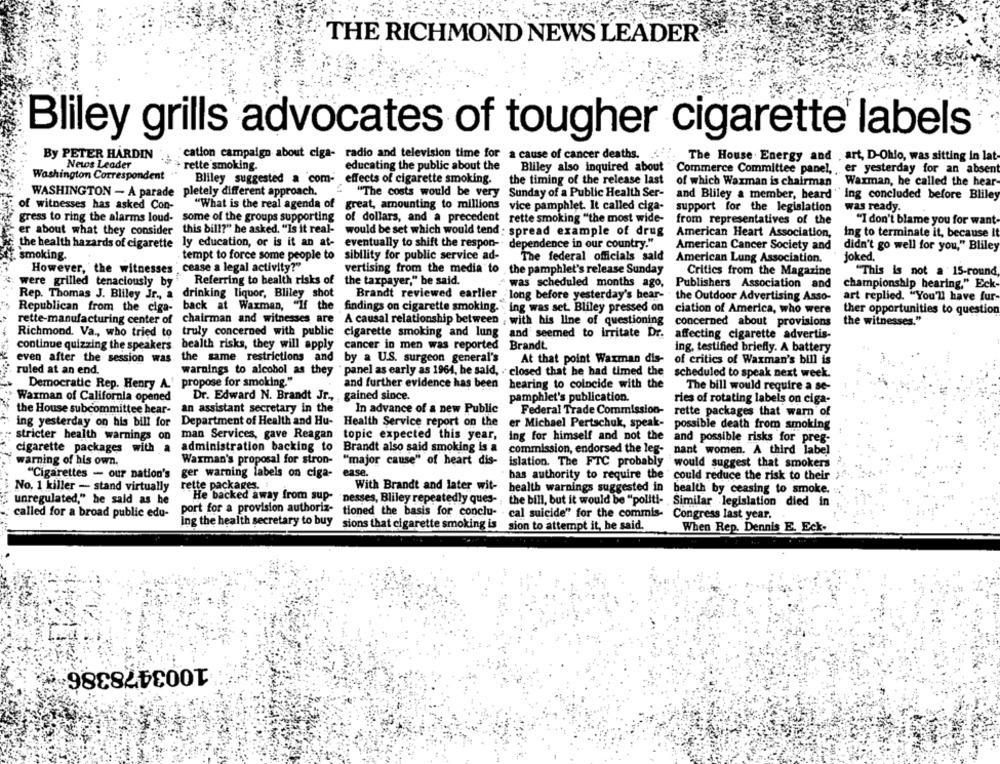
THE RICHMOND NEWS LEADER
Bliley grills advocates of tougher cigarette labels
By PETER HARDIN
cation campaign about ciga- radio and television time for a cause of cancer deaths.
The House . Energy and . art, D-Ohio, was sitting in lat
News Leader
rette smoking.
educating the public about the
Bliley also inquired about
Washington Correspondent
Commerce Committee panel, , er yesterday for an absent
Bliley suggested a com-
effects of cigarette smoking.
the timing of the release last
of which Waxman is chairman
Warman, he called the hear-
WASHINGTON - A parade pletely different approach.
"The costs would be very Sunday of a Public Health Ser-
and Bliley a member, heard" ing concluded before Bliley
of witnesses has asked Con-
"What is the real agenda of great, amounting to millions
vice pamphlet. It called ciga-
support for the legislation
was ready.
gress to ring the alarms loud-
some of the groups supporting of dollars, and a precedent rette smoking "the most wide-
some of the groups supporting
from representatives of the
"I don't blame you for want-
er about what they consider
this bill?" he asked. "Is it real- would be set which would tend : spread example of drug
American Heart Association,
ing to terminate it, because It
the health hazards of cigarette
ly education, or is it an at- eventually to shift the respon- dependence in our country."
ly education, or is it an at-
dependence in our country."
American Cancer Society and
didn't go well for you," Bliley
smoking.
tempt to force some people to
sibility for public service ad-
The federal officials said
American Lung Association.
joked.
However, the witnesses " cease a legal activity?"
vertising from the media to
vertising from the media to the pamphlet's release Sunday
Critics from the Magazine
"This is not a 15-round,
were grilled tenaciously by
Referring to health risks of the taxpayer," be said.
was scheduled months ago,
Publishers Association and
championship hearing." Eck-
Rep. Thomas J. Bliley Jr ., a drinking liquor, Bliley shot
Brandt reviewed earlier long before yesterday's bear- the Outdoor Advertising Asso-
art replied. "You'll have fur-
Republican from the ciga- back at Warman, "If the findings on cigarette smoking. . ing was set. Bliley pressed on
ciation of America, who were
ther opportunities to question
rette-manufacturing center of chairman and witnesses are A causal relationship between , with his line of questioning
concerned about provisions
the witnesses."
truly concerned with public cigarette smoking and lung
and seemed to irritate Dr.
affecting cigarette advertis-
continue quizzing the speakers health risks, they will apply
Brandt
cancer in men was reported
ing, testified briefly. A battery
even after the session was
the same restrictions and by a U.S. surgeon general's
At that point Waxman dis-
of critics of Waxman's bill is
ruled at an end.
warnings to alcohol as they
panel as early as 1964, he said, . closed that he had timed the scheduled to speak next week.
propose for smoking."
Democratic Rep. Henry A.' propose for smoking."
and further evidence has been hearing to coincide with the
hearing to coincide with the
The bill would require a se-
Dr. Edward N. Brandt Jr .,
pamphlet's publication.
Waxman of California opened
ries of rotating labels on ciga-
the House subcommittee hear-
an assistant secretary in the
In advance of a new Public
Federal Trade Commission-
rette packages that warn of
ing yesterday on his bill for
Department of Health and Hu- Health Service report on the
Health Service report on the
er Michael Pertschuk, speak- possible death from smoking
stricter health warnings on
man Services, gave Reagan topic expected this year,
ing for himself and not the and possible risks for preg-
cigarette packages with a
administration backing to Brandt also said smoking is a commission, endorsed the leg- nant women. A third label
warning of his own.
Waxman's proposal for stron- "major cause" of heart dis-
islation. The FTC probably
would suggest that smokers
"Cigarettes - our nation's
ease.
ger warning labels on ciga-
has authority to require the ' could reduce the risk to their
No. 1 killer - stand virtually
rette packages.
With Brandt and later wit-
health warnings suggested in health by ceasing to smoke.
He backed away from sup-
unregulated," he said as he
the bill, but it would be "politi- . Similar legislation died in
port for a provision authoriz- tioned the basis for conclu-
called for a broad public edu-
cal suicide" for the commis- Congress last year.
ing the health secretary to buy sions that cigarette smoking is sion to attempt it, he said.
When Rep. Dennis E. Eck-
1003478386